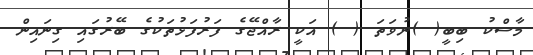
މާސްކު ބިބީ( )ނުވަތަ ( ) އަކީ ރާއްޖޭގެ ފަރުފަޅުތަކުގެ ބޭރުގައި ގިނައިން